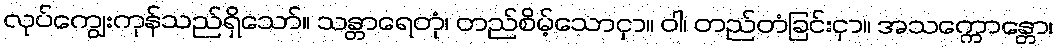
လုပ်ကျွေးကုန်သည်ရှိသော်။ သန္တာရေတုံ၊ တည်စိမ့်သောငှာ။ ဝါ၊ တည်တံခြင်းငှာ။ အသက္ကောန္တော၊